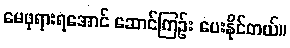
မေဖုရားရအောင် ဆောင်ကြဉ်း ပေးနိုင်တယ်။